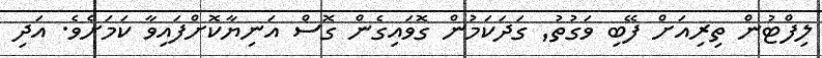
ލިފްޓުން ތިރިއަށް ފޭބި ވަގުތު